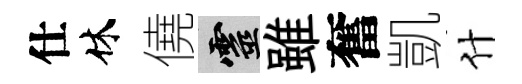
仕休僥靈雖奮凱什